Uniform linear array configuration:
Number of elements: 32
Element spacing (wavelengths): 0.75
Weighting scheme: binomial
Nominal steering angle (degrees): -15
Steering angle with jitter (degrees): -14.961
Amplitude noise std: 0.05
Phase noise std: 0.05

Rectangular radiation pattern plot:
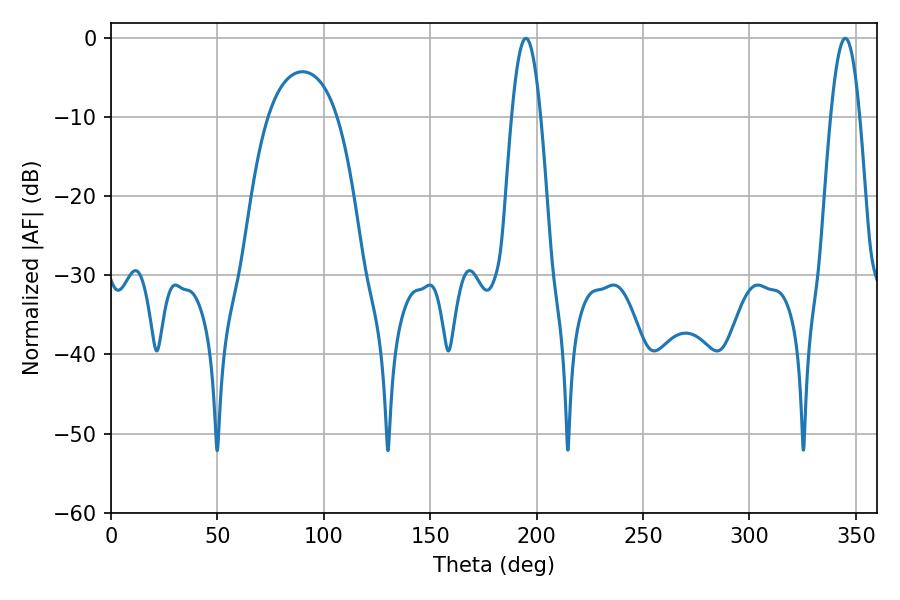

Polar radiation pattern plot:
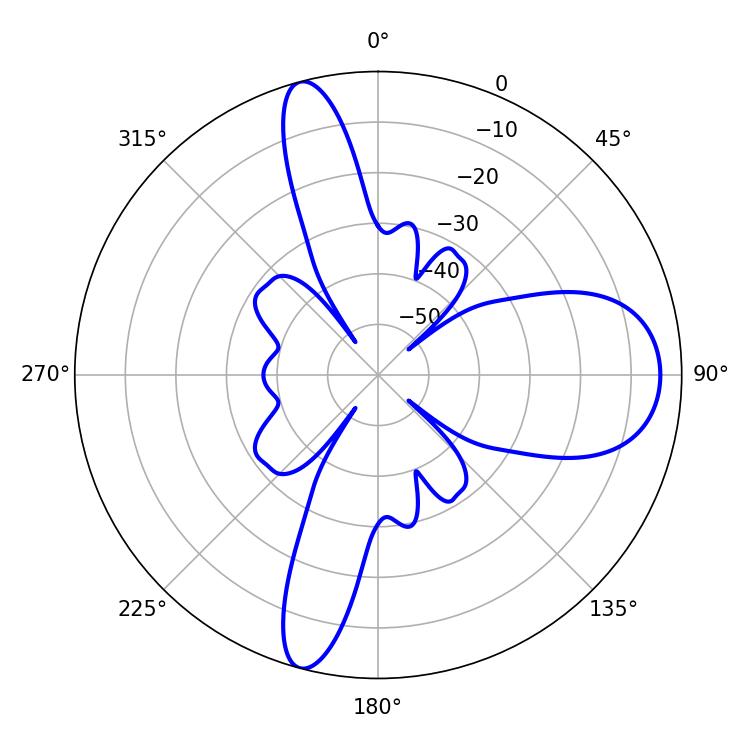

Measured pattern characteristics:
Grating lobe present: TRUE
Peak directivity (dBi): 13.442
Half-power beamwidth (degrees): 7.38
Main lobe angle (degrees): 194.94